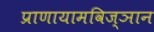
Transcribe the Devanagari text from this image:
प्राणायामविज्ञान